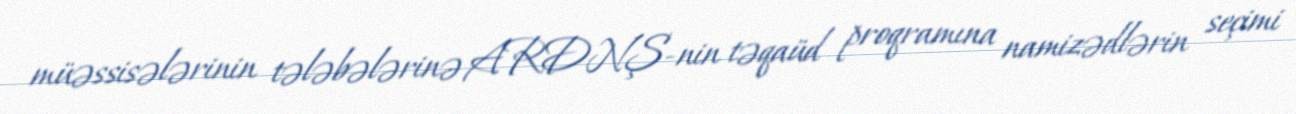
müəssisələrinin tələbələrinə ARDNŞ-nin təqaüd proqramına namizədlərin seçimi